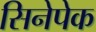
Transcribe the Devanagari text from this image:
सिनेपेक